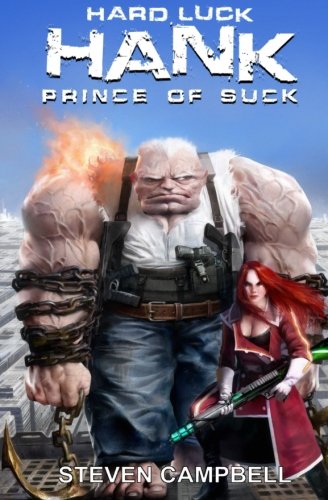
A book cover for Hard Luck Hank: Prince of Suck (Volume 3); Steven Campbell; Science Fiction & Fantasy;